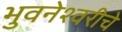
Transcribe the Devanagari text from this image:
भुवनेश्वरीचे